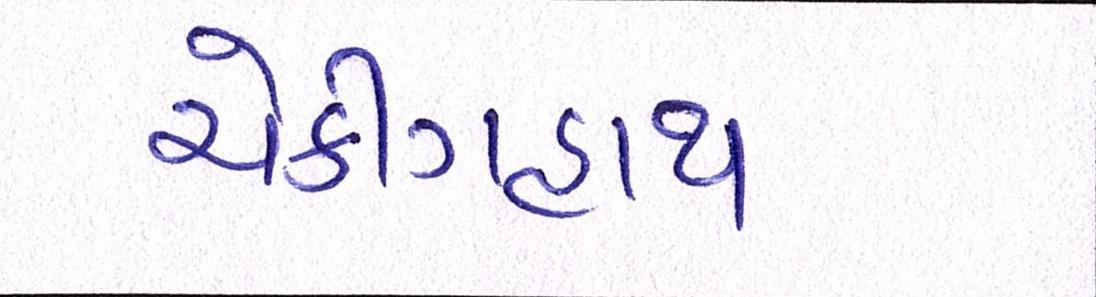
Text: ચેકીંગહાથ